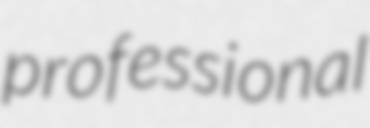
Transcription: professional